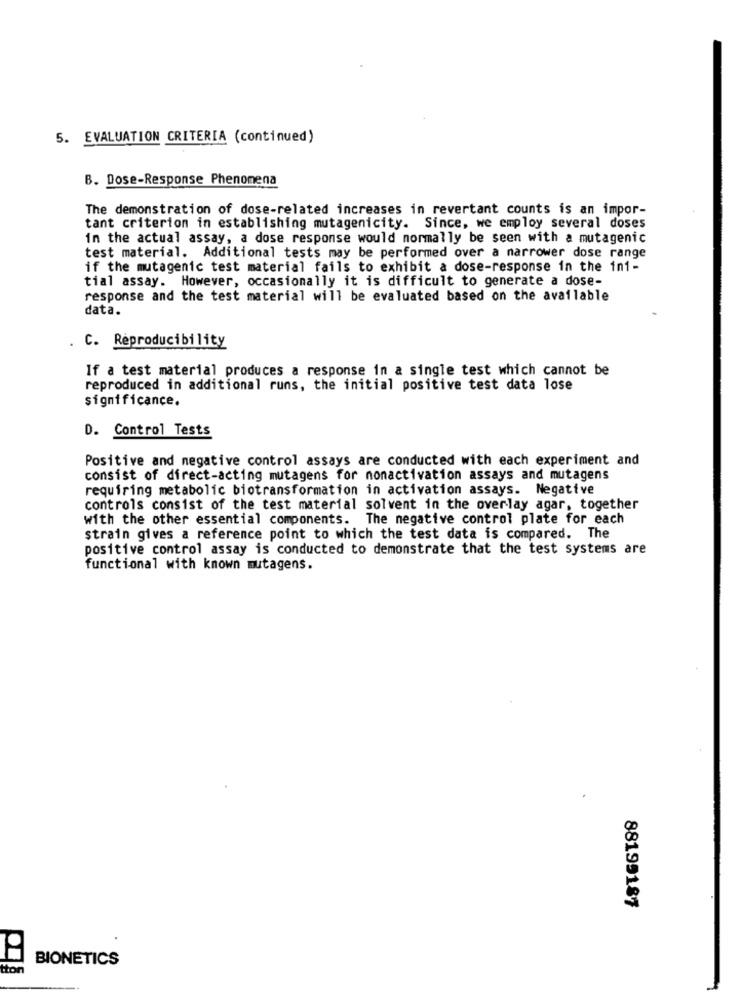
5. EVALUATION CRITERIA (continued)
B. Dose-Response Phenomena
The demonstration of dose-related increases in revertant counts is an impor-
tant criterion in establishing mutagenicity. Since, we employ several doses
in the actual assay, a dose response would normally be seen with a mutagenic
test material. Additional tests may be performed over a narrower dose range
if the mutagenic test material fails to exhibit a dose-response in the in1-
tial assay. However, occasionally it is difficult to generate a dose-
response and the test material will be evaluated based on the available
data.
. C. Reproducibility
If a test material produces a response in a single test which cannot be
reproduced in additional runs, the initial positive test data lose
significance.
D. Control Tests
Positive and negative control assays are conducted with each experiment and
consist of direct-acting mutagens for nonactivation assays and mutagens
requiring metabolic biotransformation in activation assays. Negative
controls consist of the test material solvent in the overlay agar, together
with the other essential components. The negative control plate for each
strain gives a reference point to which the test data is compared. The
positive control assay is conducted to demonstrate that the test systems are
functional with known mutagens.
88199187
BIONETICS
Iton